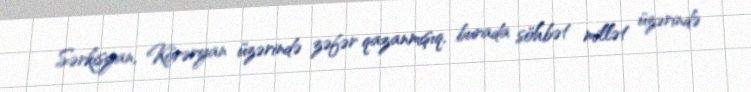
Sərkisyan, Körəryan üzərində zəfər qazanmışıq, burada söhbət millət üzərində